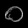
Digit: ၀